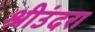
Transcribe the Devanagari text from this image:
श्रीउंदरा